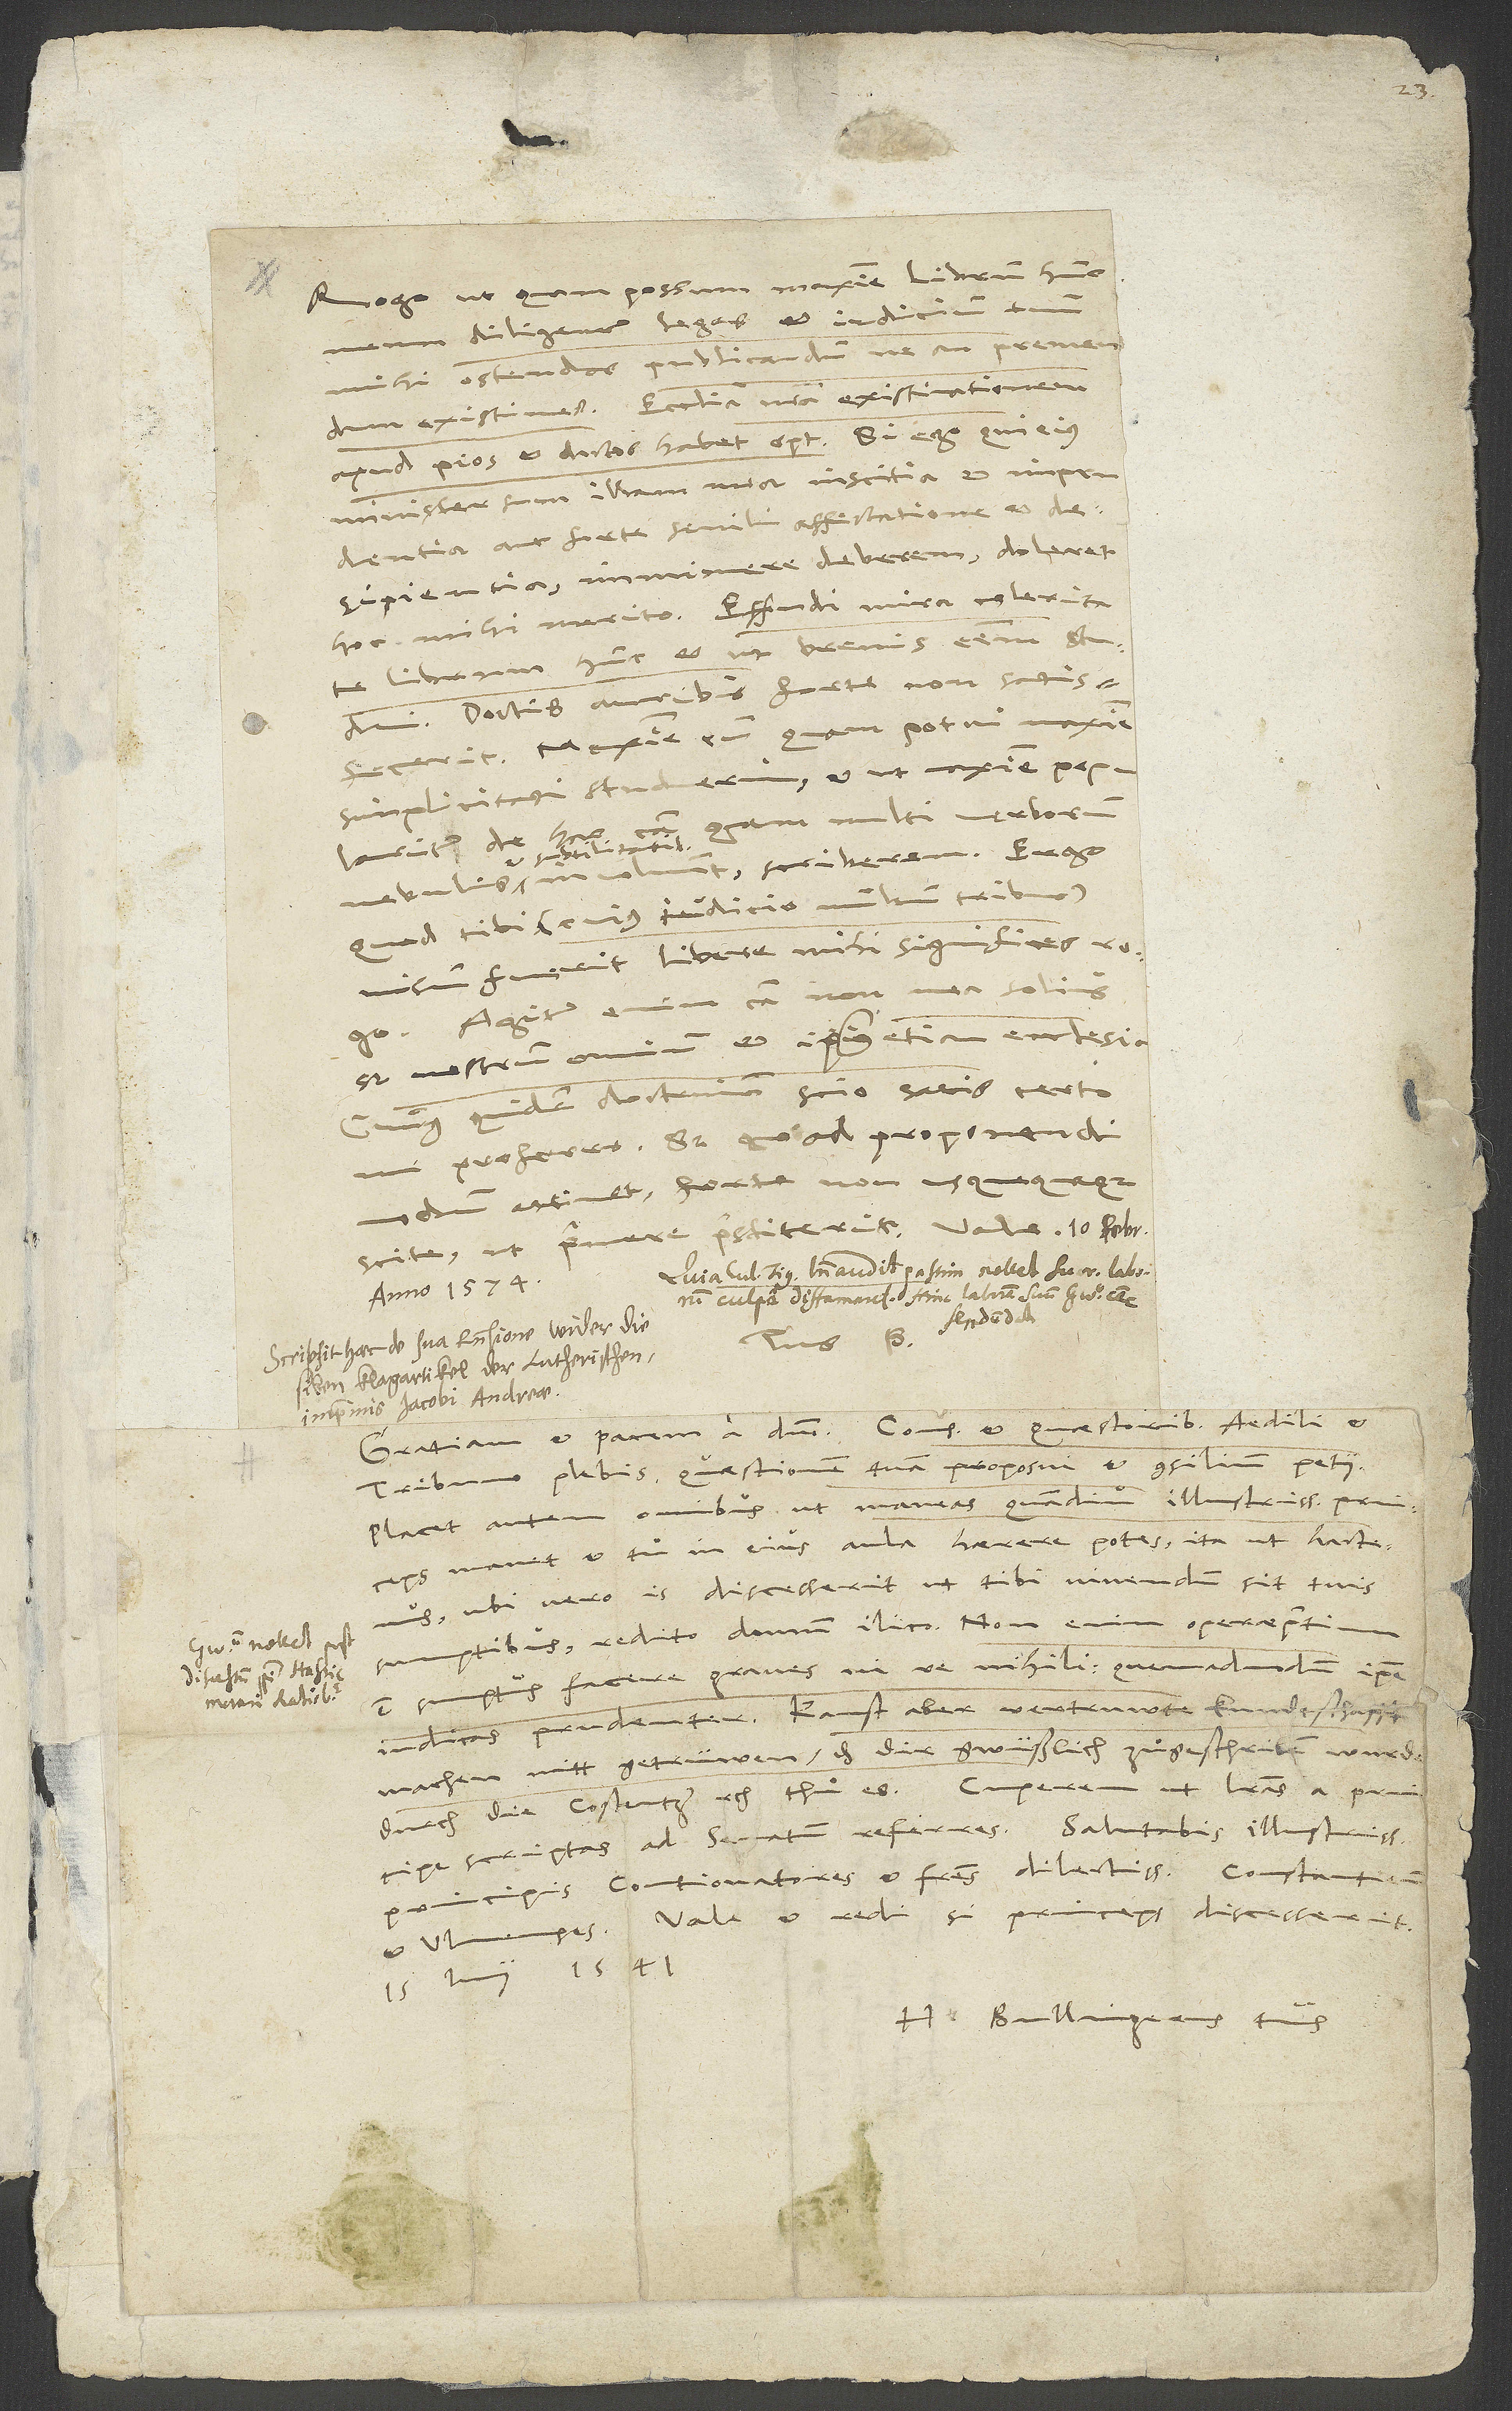
tribuno plebis quaestionem tuam proposui et consilium petii.
Placet autem omnibus, ut maneas, quamdiu illustrissimus princeps
manet et tu in eius aula haerere potes ita ut hactenus;
ubi vero is discesserit, ut tibi vivendum sit tuis
sumptibus, redito domum ilico. Non enim operaepretium
est sumptus facere graves in re nihili, quemadmodum ipse
iudicas prudenter. Kanst aber vertruwte kundtschafft
machen mitt getrüwen, dass dir gwüßlich zuͦgeschriben wurde
principe scriptas ad senatum referres. Salutabis illustrissimi
principis contionatores et fratres dilectissimos Constantienses
Vale et redi, si princeps discesserit.
15. iunii 1541.
H. Bullingerus tuus.